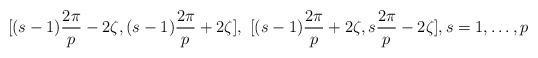
LaTeX: \begin{align*}[(s-1)\frac{2\pi}{p}-2\zeta, (s-1)\frac{2\pi}{p}+2\zeta], \,\,[(s-1)\frac{2\pi}{p}+2\zeta, s\frac{2\pi}{p}-2\zeta],s=1,\ldots, p\end{align*}